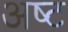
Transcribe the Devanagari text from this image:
अष्‍ट